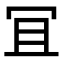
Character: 冝